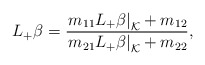
\begin{align*} L_+\beta=\frac{\left.m_{11}L_+\beta\right|_\mathcal{K}+m_{12}}{\left.m_{21}L_+\beta\right|_\mathcal{K}+m_{22}},\end{align*}